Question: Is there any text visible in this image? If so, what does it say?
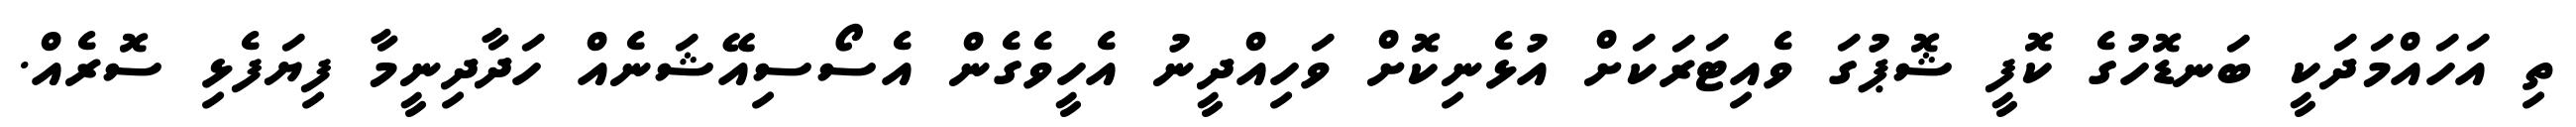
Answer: ތި އަހައްމަދަކީ ބަނޑޮހުގެ ކޮފީ ޝޮޕުގަ ވެއިޓަރަކަށް އުޅެނިކޮށް ވަހިއްދީނު އެހީވެގެން އެސޯސިއޭޝަނެއް ހަދާދިނީމާ ފިޔަފެޅި ސޮރެއް.